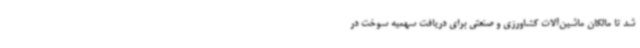
شد تا مالکان ماشین‌آلات کشاورزی و صنعتی برای دریافت سهمیه سوخت در